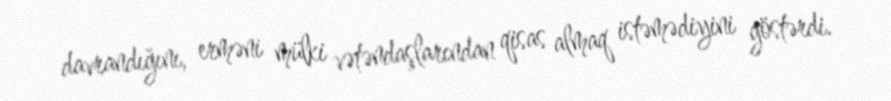
davrandığını, erməni mülki vətəndaşlarından qisas almaq istəmədiyini göstərdi.